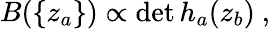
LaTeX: B(\{ z_{a}\} )\propto\operatorname*{det}h_{a}(z_{b})\ ,